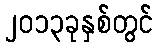
၂၀၁၃ခုနှစ်တွင်